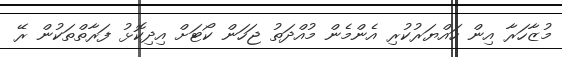
މުޒާހަރާ އިން ހައްޔަރުކުރި އެންމެން މުއްދަތު ޖަހަން ކޯޓަށް އިދިކޮޅު ފަރާތްތަކުން ރޭ